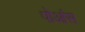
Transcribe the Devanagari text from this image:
पोआंस